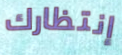
إنتظارك